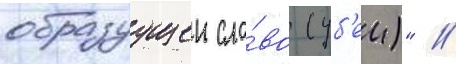
образуущеи сло́во (уб'еи)" //